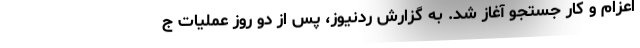
اعزام و کار جستجو آغاز شد. به گزارش ردنیوز، پس از دو روز عملیات ج